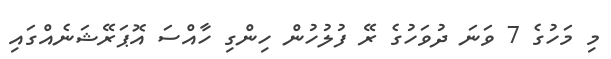
މި މަހުގެ 7 ވަނަ ދުވަހުގެ ރޭ ފުލުހުން ހިންގި ހާއްސަ އޮޕަރޭޝަނެއްގައި